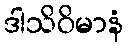
ဒါသိဝိမာနံ